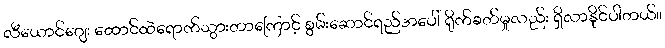
လီယောင်ဂျေး ထောင်ထဲရောက်သွားတာကြောင့် စွမ်းဆောင်ရည်အပေါ် ရိုက်ခတ်မှုလည်း ရှိလာနိုင်ပါတယ်။